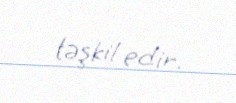
təşkil edir.